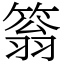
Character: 䈵